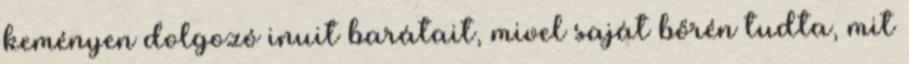
keményen dolgozó inuit barátait, mivel saját bőrén tudta, mit